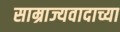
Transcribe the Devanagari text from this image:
साम्राज्यवादाच्या